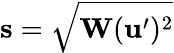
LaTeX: \mathbf{s}=\sqrt{\mathbf{W}(\mathbf{u}^{\prime})^{2}}